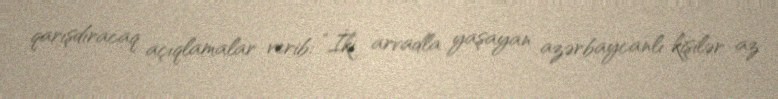
qarışdıracaq açıqlamalar verib: “İki arvadla yaşayan azərbaycanlı kişilər az